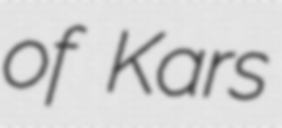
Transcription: of Kars